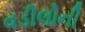
વડીલોની